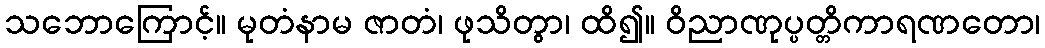
သဘောကြောင့်။ မုတံနာမ ဇာတံ၊ ဖုသိတွာ၊ ထိ၍။ ဝိညာဏုပ္ပတ္တိကာရဏတော၊